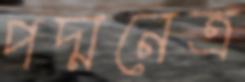
পদ্মনেত্র